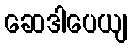
ဆေဒါပေယျ